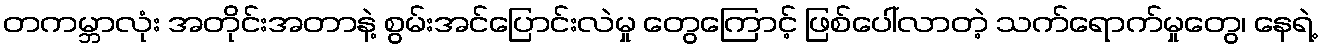
တကမ္ဘာလုံး အတိုင်းအတာနဲ့ စွမ်းအင်ပြောင်းလဲမှု တွေကြောင့် ဖြစ်ပေါ်လာတဲ့ သက်ရောက်မှုတွေ၊ နေရဲ့